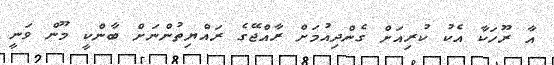
އާ ރޫހަކާ އެކު ކުރިއަށް ގެންދިއުމަށް ރާއްޖޭގެ ރައްޔިތުންނަށް ބާންކީ މޫން ވަނީ